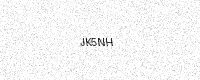
Text: JK5NH